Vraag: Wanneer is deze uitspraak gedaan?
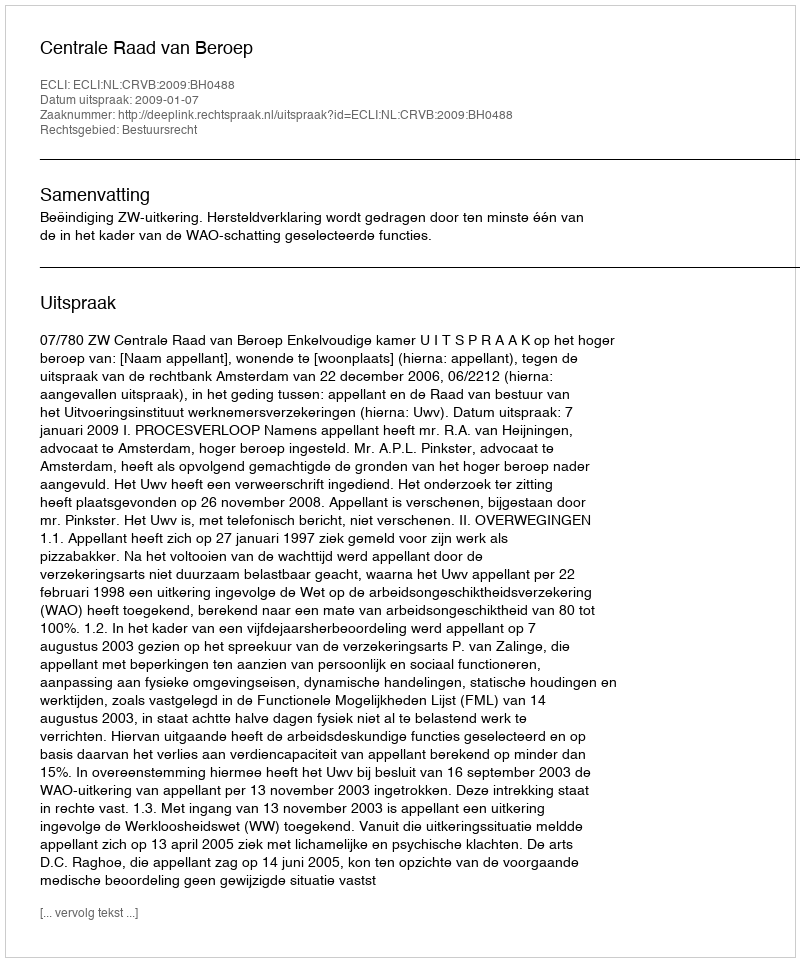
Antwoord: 2009-01-07